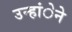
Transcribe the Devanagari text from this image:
उन्हांेने